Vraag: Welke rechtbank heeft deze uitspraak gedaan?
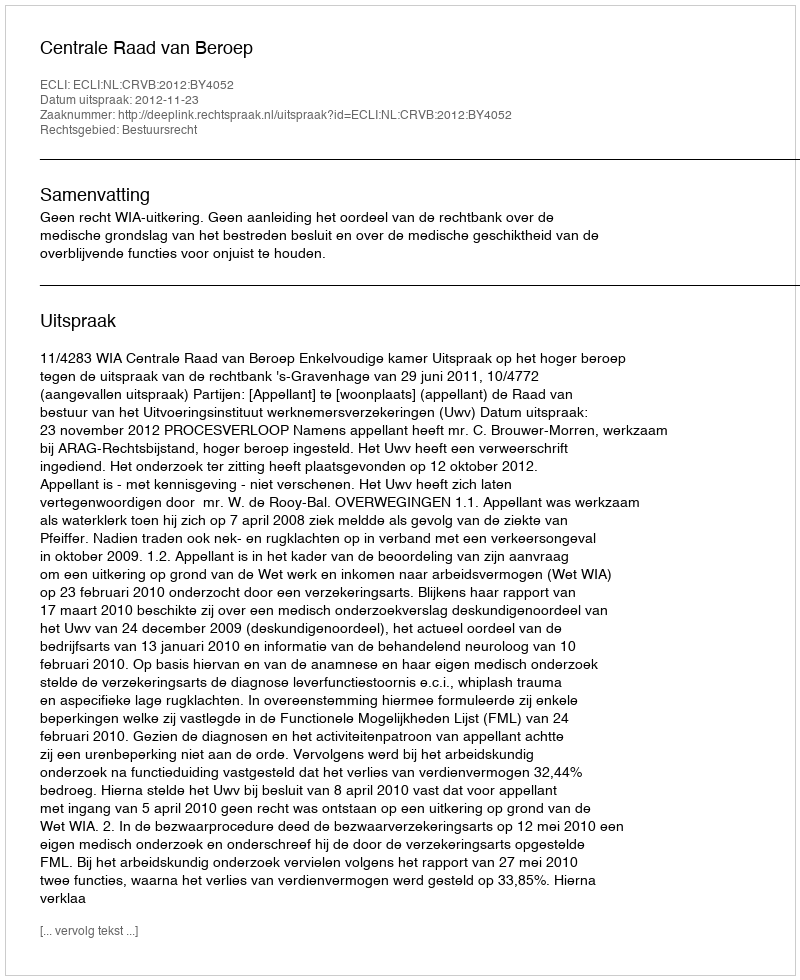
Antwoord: Centrale Raad van Beroep